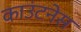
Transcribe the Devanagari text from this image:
काउंटनेस